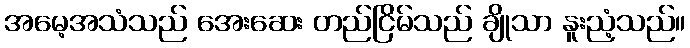
အမေ့အသံသည် အေးဆေး တည်ငြိမ်သည် ချိုသာ နူးညံ့သည်။